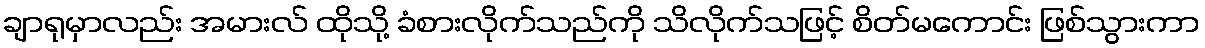
ချာရုမှာလည်း အမားလ် ထိုသို့ ခံစားလိုက်သည်ကို သိလိုက်သဖြင့် စိတ်မကောင်း ဖြစ်သွားကာ